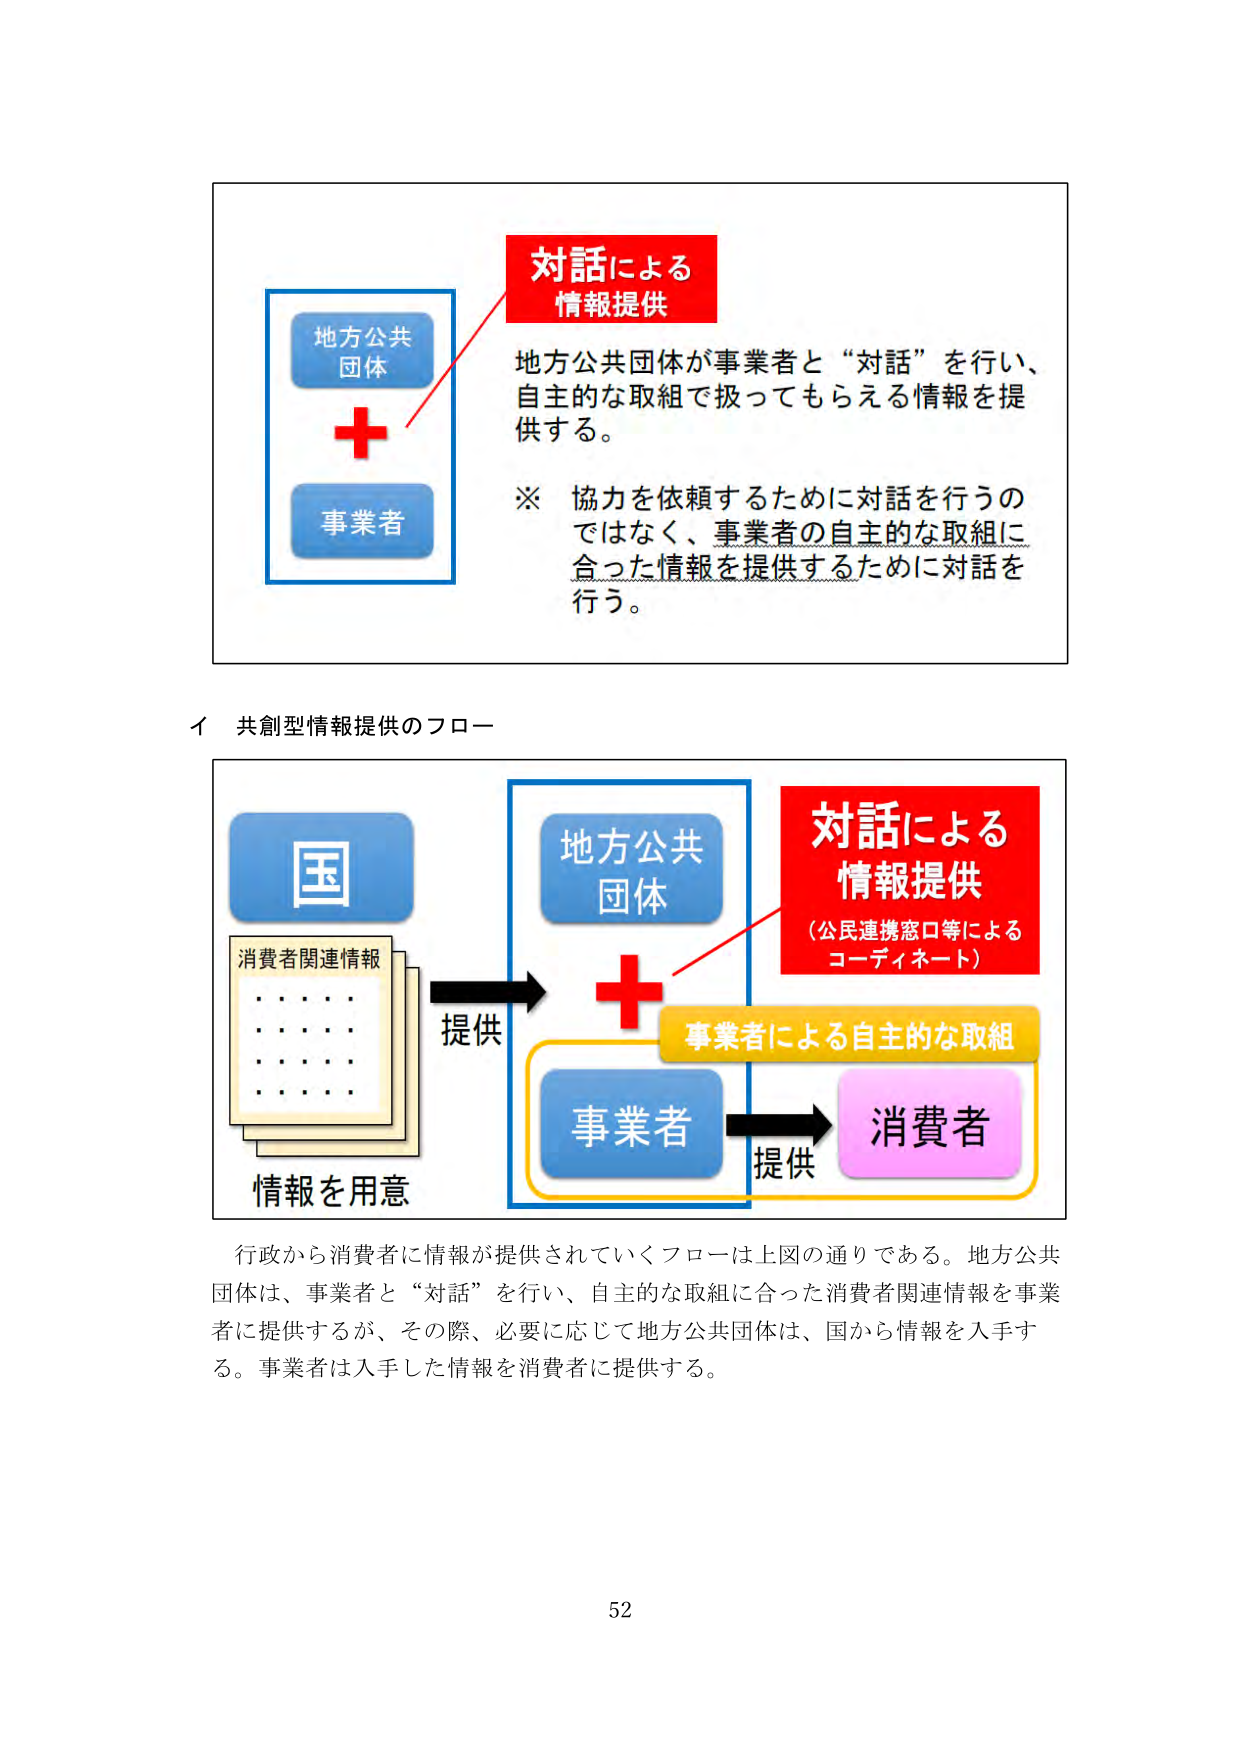
対話による
情報提供

地方公共
団体

+

事業者

地方公共団体が事業者と“対話”を行い、
自主的な取組で扱ってもらえる情報を提
供する。

※ 協力を依頼するために対話を行うの
ではなく、事業者の自主的な取組に
合った情報を提供するために対話を
行う。

イ 共創型情報提供のフロー

国

消費者関連情報
・・・・
・・・・
・・・・
・・・・

情報を用意

提供

地方公共
団体

+

対話による
情報提供
（公民連携窓口等による
コーディネート）

事業者による自主的な取組

事業者

提供

消費者

行政から消費者に情報が提供されていくフローは上図の通りである。地方公共
団体は、事業者と“対話”を行い、自主的な取組に合った消費者関連情報を事業
者に提供するが、その際、必要に応じて地方公共団体は、国から情報を入手す
る。事業者は入手した情報を消費者に提供する。

52